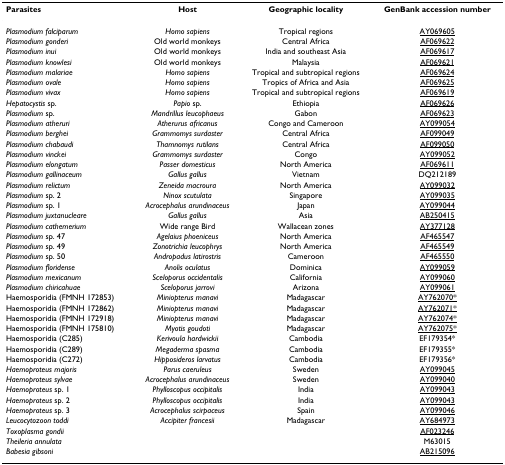
<table><thead><tr><td><b>Parasites</b></td><td><b>Host</b></td><td><b>Geographic locality</b></td><td><b>GenBank accession number</b></td></tr></thead><tbody><tr><td><i>Plasmodium falciparum</i></td><td><i>Homo sapiens</i></td><td>Tropical regions</td><td>AY069605</td></tr><tr><td><i>Plasmodium gonderi</i></td><td>Old world monkeys</td><td>Central Africa</td><td>AF069622</td></tr><tr><td><i>Plasmodium inui</i></td><td>Old world monkeys</td><td>India and southeast Asia</td><td>AF069617</td></tr><tr><td><i>Plasmodium knowlesi</i></td><td>Old world monkeys</td><td>Malaysia</td><td>AF069621</td></tr><tr><td><i>Plasmodium malariae</i></td><td><i>Homo sapiens</i></td><td>Tropical and subtropical regions</td><td>AF069624</td></tr><tr><td><i>Plasmodium ovale</i></td><td><i>Homo sapiens</i></td><td>Tropics of Africa and Asia</td><td>AF069625</td></tr><tr><td><i>Plasmodium vivax</i></td><td><i>Homo sapiens</i></td><td>Tropical and subtropical regions</td><td>AF069619</td></tr><tr><td><i>Hepatocystis </i>sp.</td><td><i>Papio </i>sp.</td><td>Ethiopia</td><td>AF069626</td></tr><tr><td><i>Plasmodium </i>sp.</td><td><i>Mandrillus leucophaeus</i></td><td>Gabon</td><td>AF069623</td></tr><tr><td><i>Plasmodium atheruri</i></td><td><i>Atherurus africanus</i></td><td>Congo and Cameroon</td><td>AY099054</td></tr><tr><td><i>Plasmodium berghei</i></td><td><i>Grammomys surdaster</i></td><td>Central Africa</td><td>AF099049</td></tr><tr><td><i>Plasmodium chabaudi</i></td><td><i>Thamnomys rutilans</i></td><td>Central Africa</td><td>AF099050</td></tr><tr><td><i>Plasmodium vinckei</i></td><td><i>Grammomys surdaster</i></td><td>Congo</td><td>AY099052</td></tr><tr><td><i>Plasmodium elongatum</i></td><td><i>Passer domesticus</i></td><td>North America</td><td>AF069611</td></tr><tr><td><i>Plasmodium gallinaceum</i></td><td><i>Gallus gallus</i></td><td>Vietnam</td><td>DQ212189</td></tr><tr><td><i>Plasmodium relictum</i></td><td><i>Zeneida macroura</i></td><td>North America</td><td>AY099032</td></tr><tr><td><i>Plasmodium </i>sp. 2</td><td><i>Ninox scutulata</i></td><td>Singapore</td><td>AY099035</td></tr><tr><td><i>Plasmodium </i>sp. 1</td><td><i>Acrocephalus arundinaceus</i></td><td>Japan</td><td>AY099044</td></tr><tr><td><i>Plasmodium juxtanucleare</i></td><td><i>Gallus gallus</i></td><td>Asia</td><td>AB250415</td></tr><tr><td><i>Plasmodium cathemerium</i></td><td>Wide range Bird</td><td>Wallacean zones</td><td>AY377128</td></tr><tr><td><i>Plasmodium </i>sp. 47</td><td><i>Agelaius phoeniceus</i></td><td>North America</td><td>AF465547</td></tr><tr><td><i>Plasmodium </i>sp. 49</td><td><i>Zonotrichia leucophrys</i></td><td>North America</td><td>AF465549</td></tr><tr><td><i>Plasmodium </i>sp. 50</td><td><i>Andropadus latirostris</i></td><td>Cameroon</td><td>AF465550</td></tr><tr><td><i>Plasmodium floridense</i></td><td><i>Anolis oculatus</i></td><td>Dominica</td><td>AY099059</td></tr><tr><td><i>Plasmodium mexicanum</i></td><td><i>Sceloporus occidentalis</i></td><td>California</td><td>AY099060</td></tr><tr><td><i>Plasmodium chiricahuae</i></td><td><i>Sceloporus jarrovi</i></td><td>Arizona</td><td>AY099061</td></tr><tr><td>Haemosporidia (FMNH 172853)</td><td><i>Miniopterus manavi</i></td><td>Madagascar</td><td>AY762070*</td></tr><tr><td>Haemosporidia (FMNH 172862)</td><td><i>Miniopterus manavi</i></td><td>Madagascar</td><td>AY762071*</td></tr><tr><td>Haemosporidia (FMNH 172918)</td><td><i>Miniopterus manavi</i></td><td>Madagascar</td><td>AY762074*</td></tr><tr><td>Haemosporidia (FMNH 175810)</td><td><i>Myotis goudoti</i></td><td>Madagascar</td><td>AY762075*</td></tr><tr><td>Haemosporidia (C285)</td><td><i>Kerivoula hardwickii</i></td><td>Cambodia</td><td>EF179354*</td></tr><tr><td>Haemosporidia (C289)</td><td><i>Megaderma spasma</i></td><td>Cambodia</td><td>EF179355*</td></tr><tr><td>Haemosporidia (C272)</td><td><i>Hipposideros larvatus</i></td><td>Cambodia</td><td>EF179356*</td></tr><tr><td><i>Haemoproteus majoris</i></td><td><i>Parus caeruleus</i></td><td>Sweden</td><td>AY099045</td></tr><tr><td><i>Haemoproteus sylvae</i></td><td><i>Acrocephalus arundinaceus</i></td><td>Sweden</td><td>AY099040</td></tr><tr><td><i>Haemoproteus </i>sp. 1</td><td><i>Phylloscopus occipitalis</i></td><td>India</td><td>AY099043</td></tr><tr><td><i>Haemoproteus </i>sp. 2</td><td><i>Phylloscopus occipitalis</i></td><td>India</td><td>AY099043</td></tr><tr><td><i>Haemoproteus </i>sp. 3</td><td><i>Acrocephalus scirpaceus</i></td><td>Spain</td><td>AY099046</td></tr><tr><td><i>Leucocytozoon toddi</i></td><td><i>Accipiter francesii</i></td><td>Madagascar</td><td>AY684973</td></tr><tr><td><i>Toxoplasma gondii</i></td><td></td><td></td><td>AF023246</td></tr><tr><td><i>Theileria annulata</i></td><td></td><td></td><td>M63015</td></tr><tr><td><i>Babesia gibsoni</i></td><td></td><td></td><td>AB215096</td></tr></tbody></table>